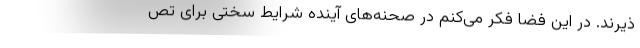
ذیرند. در این فضا فکر می‌کنم در صحنه‌های آینده شرایط سختی برای تص